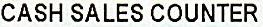
CASH SALES COUNTER